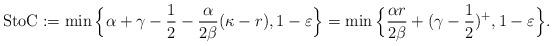
LaTeX: \begin{align*}\textup{StoC} := \min\Big\{ \alpha+\gamma-\frac{1}{2}-\frac{\alpha}{2\beta} (\kappa- r), 1-\varepsilon \Big\}= \min\Big\{ \frac{\alpha r}{2\beta} + (\gamma-\frac{1}{2})^{+}, 1-\varepsilon \Big\}.\end{align*}